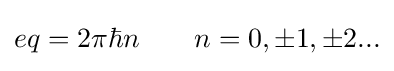
{\begin{aligned}eq=2\pi \hbar n\quad \quad &n=0,\pm 1,\pm 2...\\\end{aligned}}